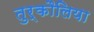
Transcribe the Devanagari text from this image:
तुर्कौलिया